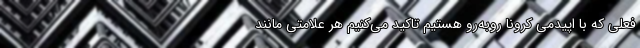
فعلی که با اپیدمی کرونا روبه‌رو هستیم تاکید می‌کنیم هر علامتی مانند